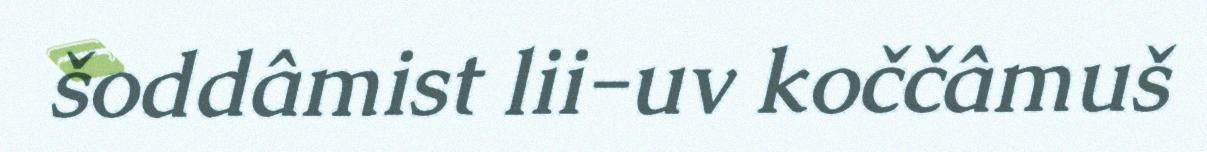
šoddâmist lii-uv koččâmuš